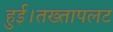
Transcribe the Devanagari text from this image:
हुई।तख्तापलट